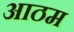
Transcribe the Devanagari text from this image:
आठम